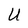
Character: U